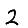
Digit: 2